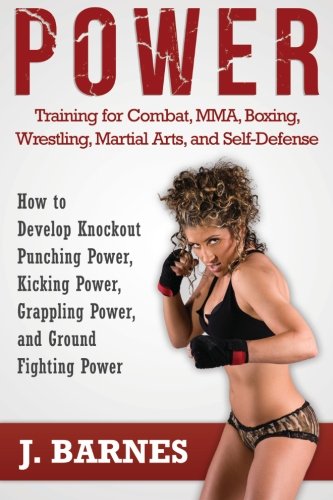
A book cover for Power Training for Combat, MMA, Boxing, Wrestling, Martial Arts, and Self-Defense: How to Develop Knockout Punching Power, Kicking Power, Grappling Power, and Ground Fighting Power; J. Barnes; Sports & Outdoors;